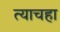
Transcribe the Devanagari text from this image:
त्याचहा